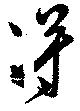
得